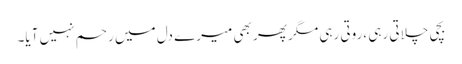
بچی چلاتی رہی ،روتی رہی مگر پھر بھی میرے دل میں رحم نہیں آیا۔